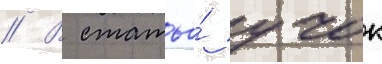
// В статье́ учок